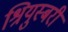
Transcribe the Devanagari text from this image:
श्रियुस्बरी